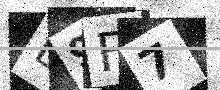
Text: B9F7